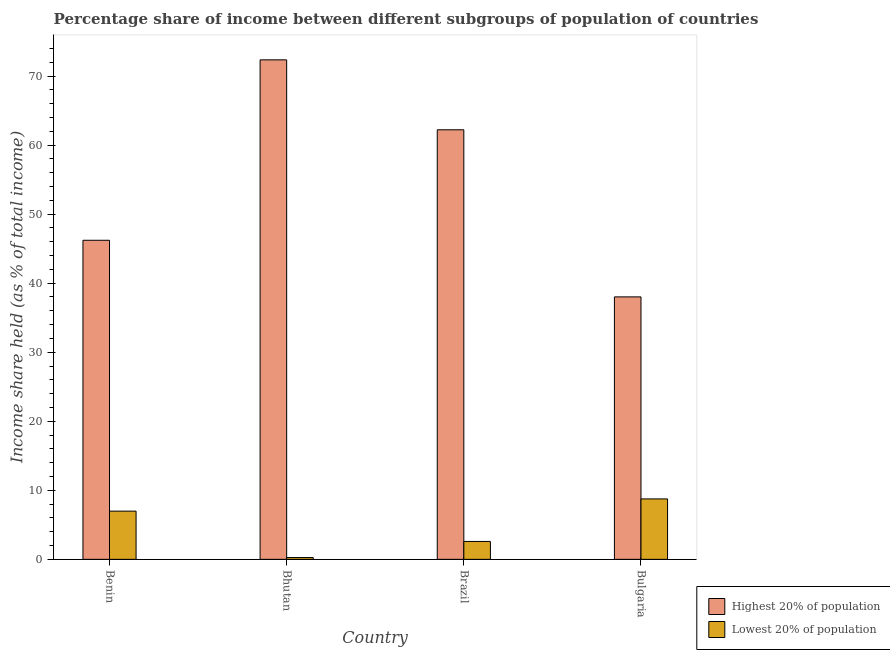
| Country | Highest 20% of population | Lowest 20% of population |
 | --- | --- | --- |
 | Benin | 46.2 | 6.98 |
 | Bhutan | 72.3 | 0.26 |
 | Brazil | 62.2 | 2.59 |
 | Bulgaria | 38 | 8.75 |